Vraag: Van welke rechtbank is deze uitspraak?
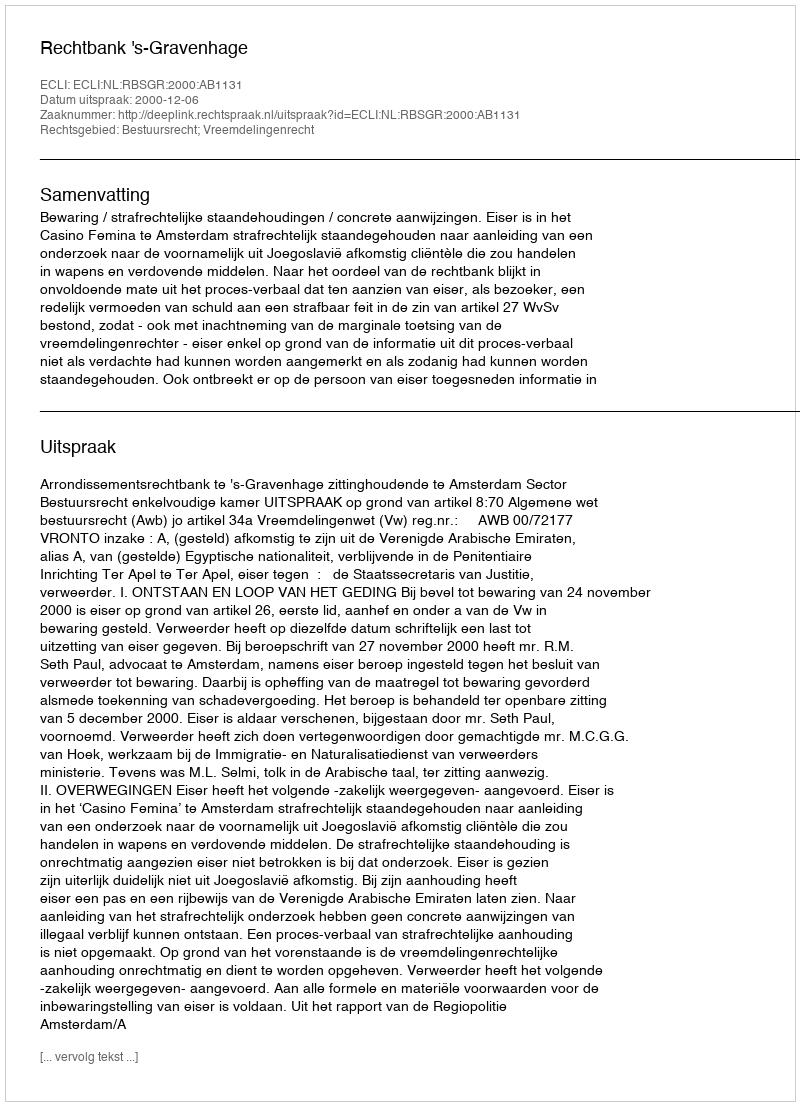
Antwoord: Rechtbank 's-Gravenhage